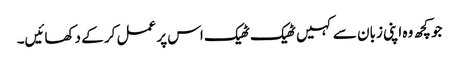
جو کچھ وہ اپنی زبان سے کہیں ٹھیک ٹھیک اس پر عمل کر کے دکھائیں۔